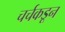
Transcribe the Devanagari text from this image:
चर्चकडून